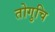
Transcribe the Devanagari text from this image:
तोगुचि